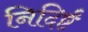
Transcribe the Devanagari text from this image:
निदिर्ष्टं